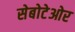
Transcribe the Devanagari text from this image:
सेबोटेओर